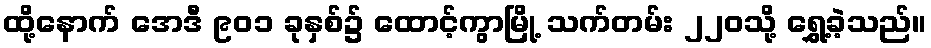
ထို့နောက် အေဒီ ၉၀၁ ခုနှစ်၌ ထောင့်ကွာမြို့ သက်တမ်း ၂၂၀သို့ ရွှေ့ခဲ့သည်။